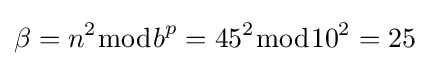
\beta =n^{2}{\bmod {b}}^{p}=45^{2}{\bmod {1}}0^{2}=25